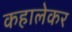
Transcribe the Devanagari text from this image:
कहालेकर